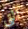
التي